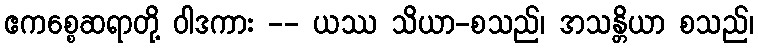
ဧကစ္စေဆရာတို့ ဝါဒကား -- ယဿ သိယာ-စသည်၊ အသန္တိယာ စသည်၊